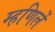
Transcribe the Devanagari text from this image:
म्हणिलें